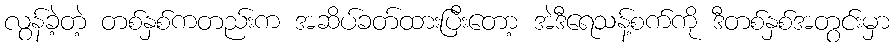
လွန်ခဲ့တဲ့ တစ်နှစ်ကတည်းက အဆိပ်ခတ်ထားပြီးတော့ အဲဒီရေသန့်စက်ကို ဒီတစ်နှစ်အတွင်းမှာ